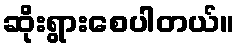
ဆိုးရွားစေပါတယ်။